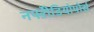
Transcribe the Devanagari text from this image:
नफ्ऱेीडियोपोर्स